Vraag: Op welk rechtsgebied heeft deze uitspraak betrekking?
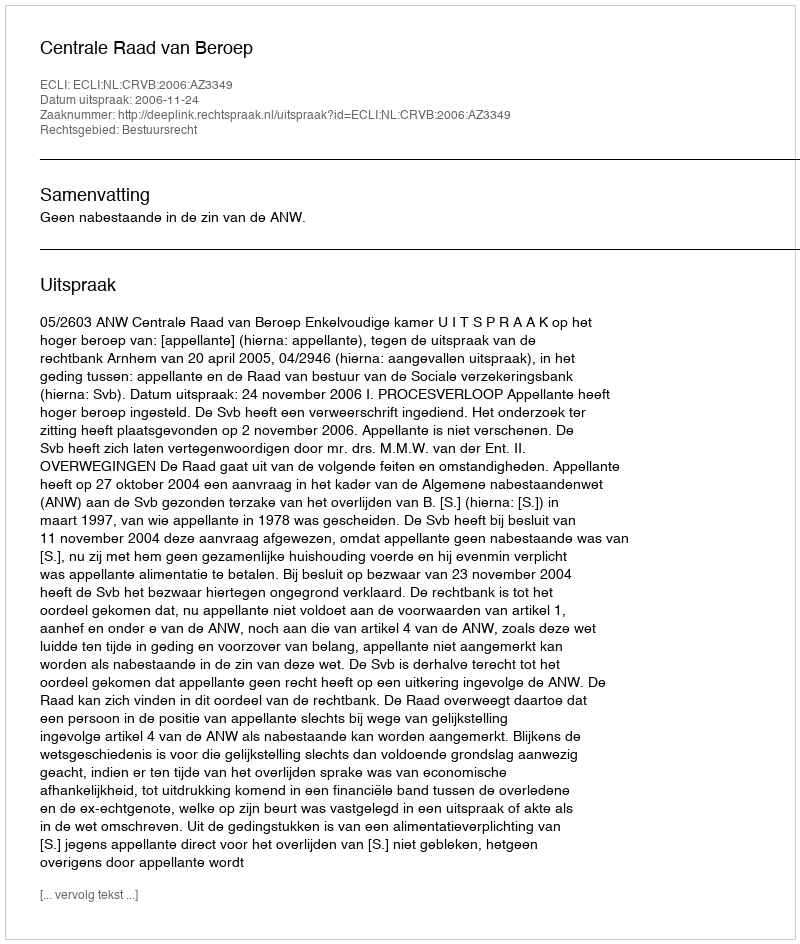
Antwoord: Bestuursrecht